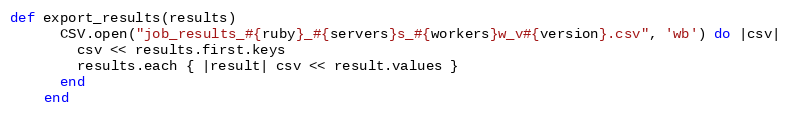
Language: Ruby
def export_results(results)
      CSV.open("job_results_#{ruby}_#{servers}s_#{workers}w_v#{version}.csv", 'wb') do |csv|
        csv << results.first.keys
        results.each { |result| csv << result.values }
      end
    end